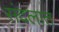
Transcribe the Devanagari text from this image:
संदलात